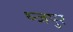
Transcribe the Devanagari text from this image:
थ्न्जपुर